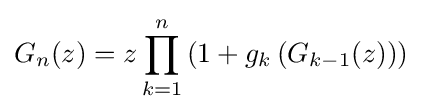
G_{n}(z)=z\prod _{k=1}^{n}\left(1+g_{k}\left(G_{k-1}(z)\right)\right)